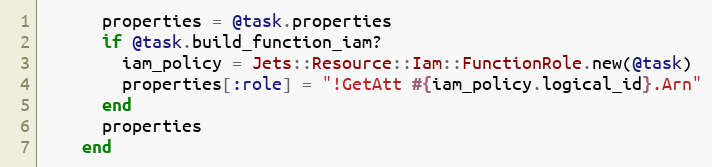
Language: Ruby
      properties = @task.properties
      if @task.build_function_iam?
        iam_policy = Jets::Resource::Iam::FunctionRole.new(@task)
        properties[:role] = "!GetAtt #{iam_policy.logical_id}.Arn"
      end
      properties
    end